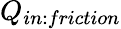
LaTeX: Q_{in:friction}